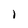
Character: l